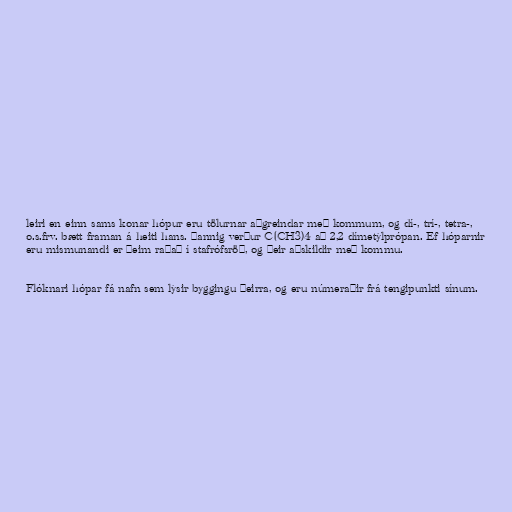
leiri en einn sams konar hópur eru tölurnar aðgreindar með kommum, og dí-, trí-, tetra-,
o.s.frv. bætt framan á heiti hans. Þannig verður C(CH3)4 að 2,2 dímetýlprópan. Ef hóparnir
eru mismunandi er þeim raðað í stafrófsröð, og þeir aðskildir með kommu.

Flóknari hópar fá nafn sem lýsir byggingu þeirra, og eru númeraðir frá tengipunkti sínum.